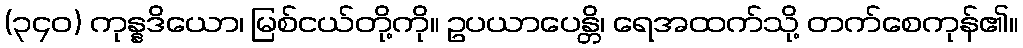
(၃၄၀) ကုန္နဒိယော၊ မြစ်ငယ်တို့ကို။ ဥပယာပေန္တိ၊ ရေအထက်သို့ တက်စေကုန်၏။